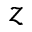
z